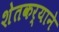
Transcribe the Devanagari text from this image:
शेतकर्याने